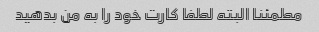
مطمئنا البته لطفا کارت خود را به من بدهید